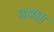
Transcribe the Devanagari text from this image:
ठासरा